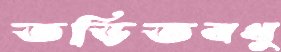
তড়িতবধু